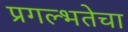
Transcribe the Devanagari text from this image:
प्रगल्‍भतेचा